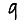
Digit: 9